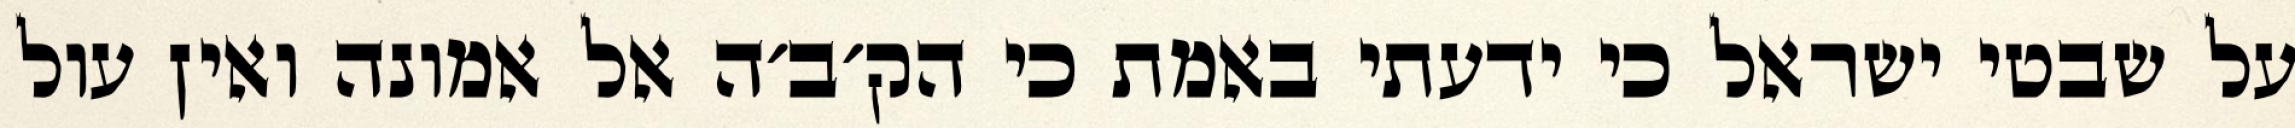
על שבטי ישראל כי ידעתי באמת כי הק׳ב׳ה אל אמונה ואין עול